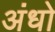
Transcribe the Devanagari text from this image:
अंधो